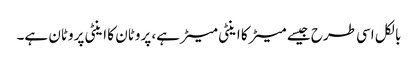
بالکل اسی طرح جیسے میٹر کا اینٹی میٹر ہے، پروٹان کا اینٹی پروٹان ہے۔